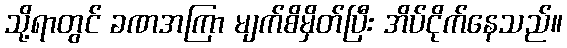
သို့ရာတွင် ခဏအကြာ မျက်စိမှိတ်ပြီး အိပ်ငိုက်နေသည်။